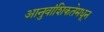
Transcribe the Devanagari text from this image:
आनुवांशिकतेमधून